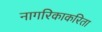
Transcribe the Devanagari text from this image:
नागरिकाकरिता